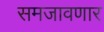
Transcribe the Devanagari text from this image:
समजावणार